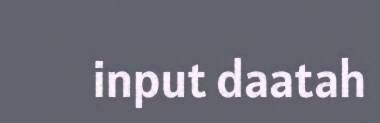
input daatah